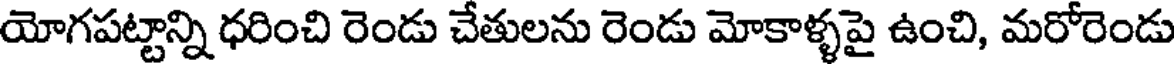
యోగపట్టాన్ని ధరించి రెండు చేతులను రెండు మోకాళ్ళపై ఉంచి, మరోరెండు